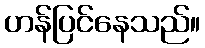
ဟန်ပြင်နေသည်။